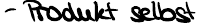
- Produkt selbst